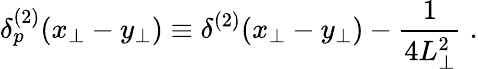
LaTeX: \delta_{p}^{(2)}(x_{\perp}-y_{\perp})\equiv\delta^{(2)}(x_{\perp}-y_{\perp})-{\frac{1}{4L_{\perp}^{2}}}\; .